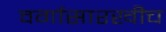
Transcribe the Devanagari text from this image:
वर्गासारखीच